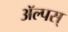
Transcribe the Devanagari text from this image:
ॲल्पस्